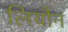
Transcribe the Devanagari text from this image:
लियौन